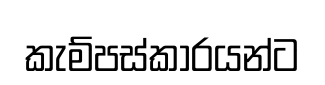
කැම්පස්කාරයන්ට